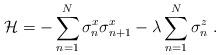
LaTeX: \begin{align*}\mathcal{H}=-\sum_{n=1}^{N}\sigma_n^{x}\sigma_{n+1}^x-\lambda \sum_{n=1}^{N}\sigma_n^z\ .\end{align*}